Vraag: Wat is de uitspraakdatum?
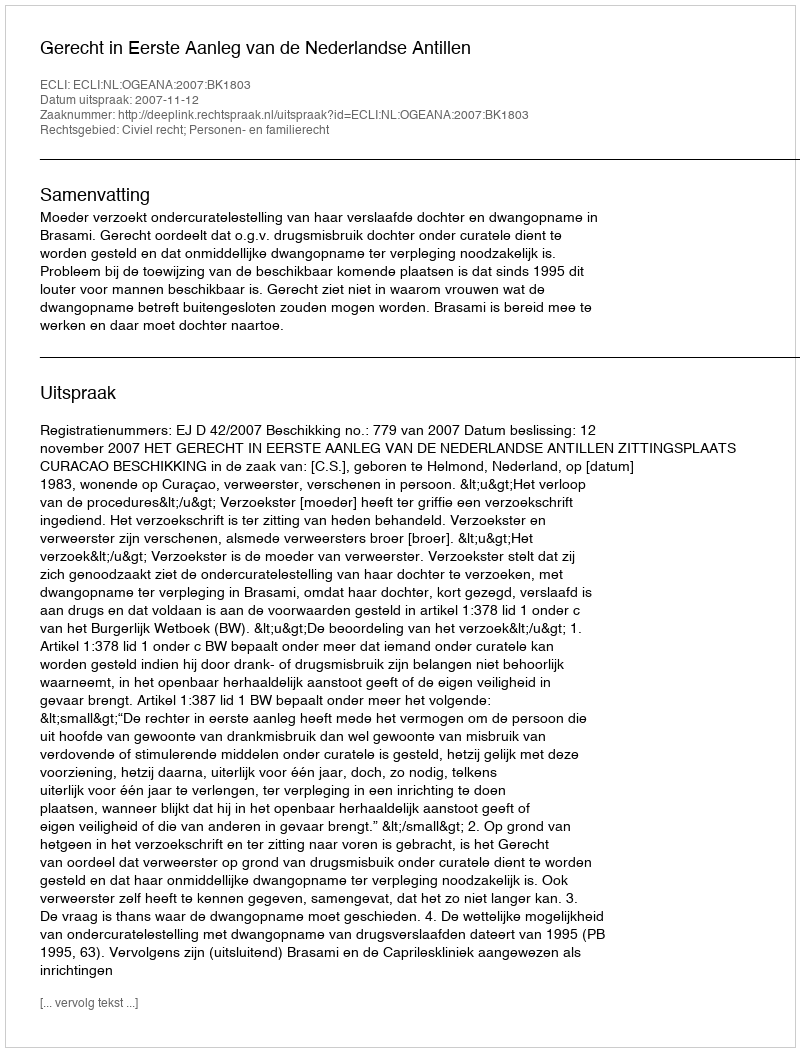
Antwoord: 2007-11-12